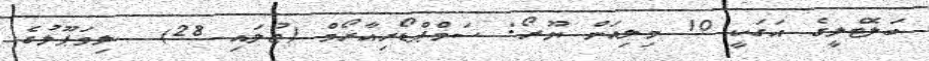
ބަލޮޓެލީގެ އަގަކީ 10 މިލިއަން ޔޫރޯ: ސަމްޕްޑޯރިއާރޯމް (ޖުލައި 28)  ލިވަޕޫލުގެ